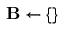
\mathbf { B } \gets \{ \}